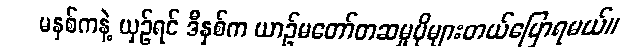
မနှစ်ကနဲ့ ယှဉ်ရင် ဒီနှစ်က ယာဉ်မတော်တဆမှုပိုများတယ်ပြောရမယ်။